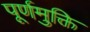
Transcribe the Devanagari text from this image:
पूर्णमुक्ति